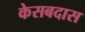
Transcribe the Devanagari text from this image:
केसबदास